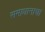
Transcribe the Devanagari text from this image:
समाधानाचा